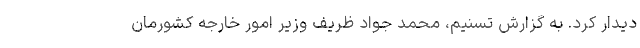
دیدار کرد. به گزارش تسنیم، محمد جواد ظریف وزیر امور خارجه کشورمان